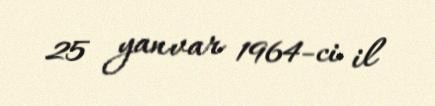
25 yanvar 1964-ci il